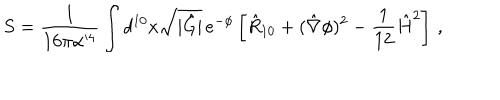
LaTeX: S = { \frac { 1 } { 1 6 \pi \alpha ^ { \prime 4 } } } \int d ^ { 1 0 } x \sqrt { | \hat { G } | } \, e ^ { - \phi } \left[ \hat { R } _ { 1 0 } + ( \hat { \nabla } \phi ) ^ { 2 } - { \frac { 1 } { 1 2 } } \hat { H } ^ { 2 } \right] \, ,